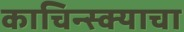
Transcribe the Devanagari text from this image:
काचिन्स्क्याचा